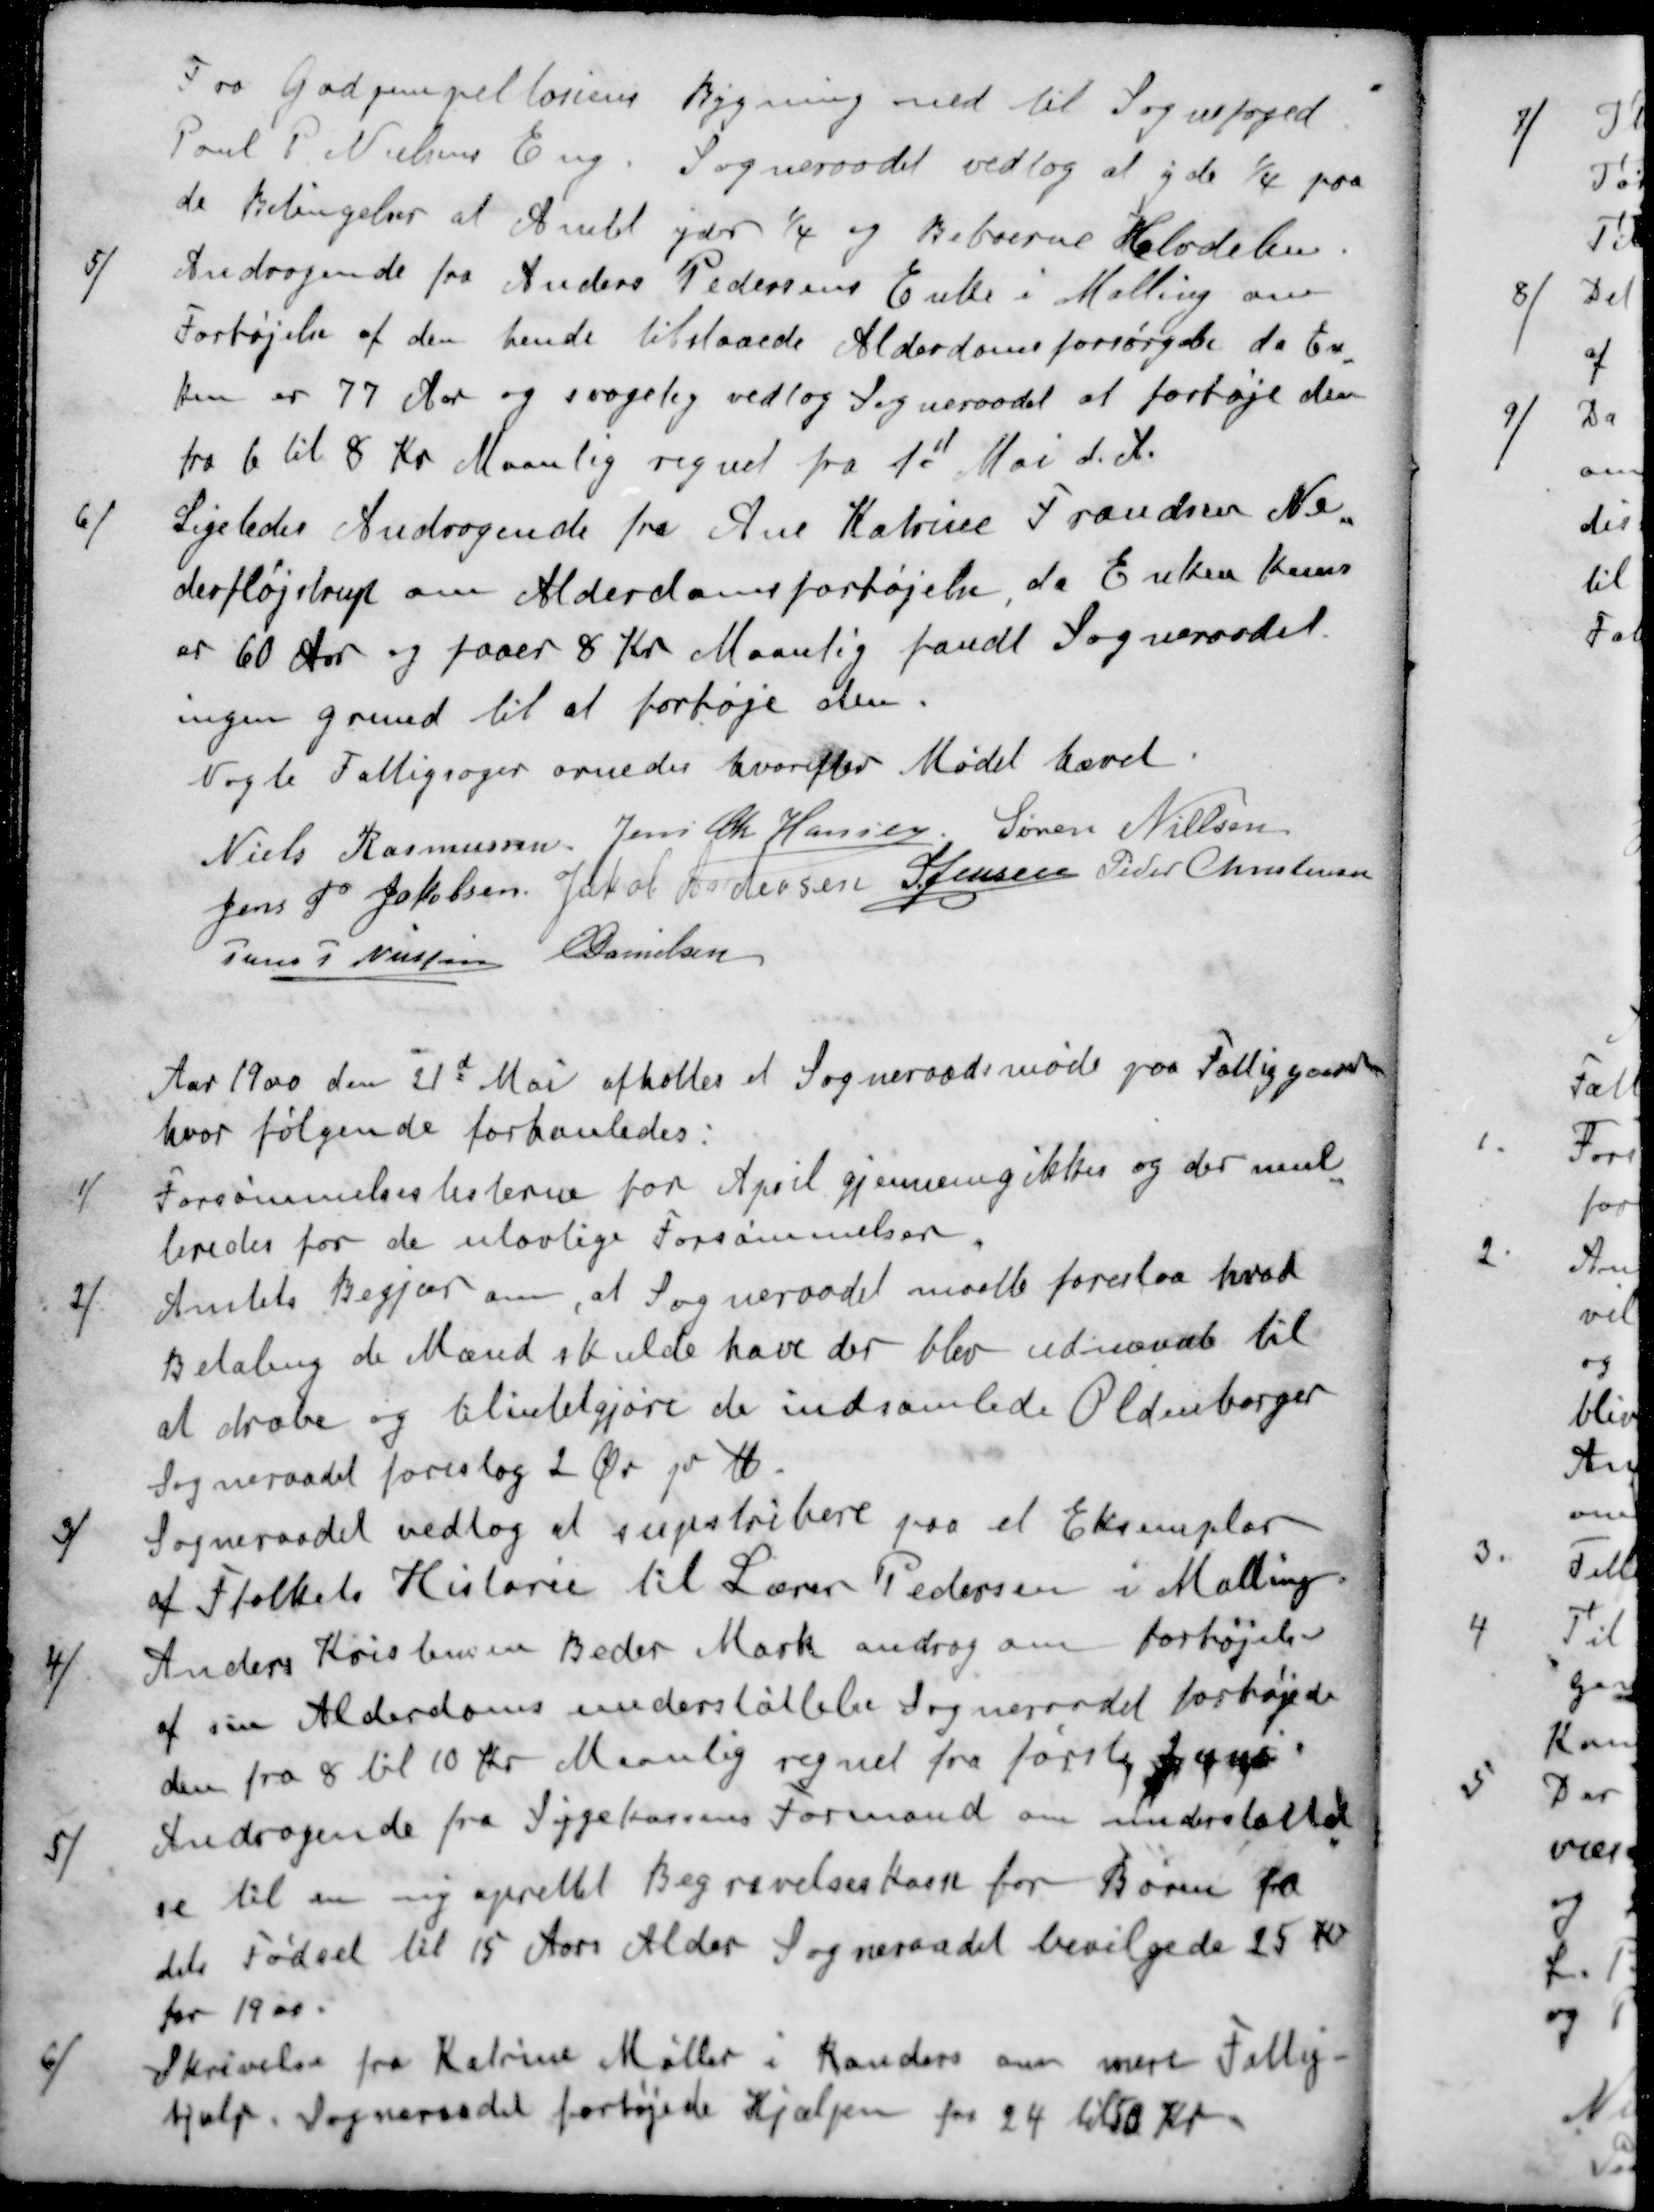
Transskription:
Fra Godsinspektørens Bygning med til Sognefoged
Poul P Nielsens Eng. Sogneraadet vedtog at yde 1/4 paa
de Betingelser at Amtet yder 1/4 og Beboerne Halvdelen
5 / Andragende fra Anders Pedersens Enke i Malling om
Forhøjelse af den hende tilstaaede Alderdomsforsørgelse da En
ken er 77 Aar og svagelig vedtog Sogneraadet at forhøje den
fra 6 til 8 Kr Maanlig regnet fra 1d Mai d. A.
6 / Ligeledes Andragende fra Ane Katrine Frandsen Ne
derfløjstrup om Alderdomsforhøjelse da Enken Kuns
er 60 Aar og faaer 8 Kr Maanlig fandt Sogneraadet
ingen grund til at forhøje den.
Nogle Fattigsager ornedes hvorefter Mødet hævet
Niels Rasmussen
Jens Chr Hansen
Søren Nielsen
Jens P. Jakobsen
Jakob Andersen
S Jensen
Peder Christensen
Jens P Nielsen
E Danielsen
Aar 1900 den 21d Mai afholtes et Sogneraadsmøde paa Fattiggaarden
hvor følgende forhanledes:
1 / Forsømmelseslisterne for April gjennemgikkes og der mul
teredes for de ulovlige Forsømmelser
2 / Amtets Begjær om, at Sogneraadet maatte forestaa hvad
Betaling de Mænd skulde have der blev udnævnte til
at dræbe og tilintetgjøre de indsamlede Oldenborger
Sogneraadet foreslog 2 Øre pr lb
3 / Sogneraadet vedtog at supstribere paa et Eksemplar
af Folkets Historie til Lærer Pedersen i Malling
4 / Anders Kristensen Beder Mark androg om forhøjelse
af sin Alderdomsunderstøttelse Sogneraadet forhøjede
den fra 8 til 10 Kr Maanlig regnet fra første Juni
5 / Andragende fra Sygekassens Formand om understøttel
se til en ny oprettet Begravelseskasse for Børn fra
dets Fødsel til 15 Aars Alder Sogneraadet bevilgede 25 Kr
for 1900.
6 / Skrivelse fra Katrine Møller i Randers om mere Fattig-
hjælp. Sogneraadet forhøjede Hjælpen for 24 til 50 Kr